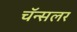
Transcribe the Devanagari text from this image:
चॅन्सलर